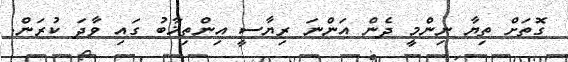
ގޮތަށް ތިޔާ ނިންމީ ދެން އަންނަ ރިޔާސީ އިންތިޚާބު ގައި ވާދަ ކުރަން.